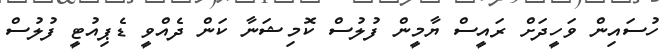
ހުސައިން ވަހީދަށް ރައީސް ޔާމީން ފުލުސް ކޮމިޝަނާ ކަން ދެއްވީ ޑެޕިއުޓީ ފުލުސް